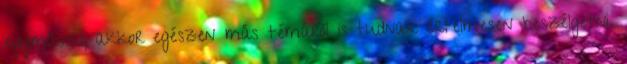
egymással, akkor egészen más témáról is tudnak értelmesen beszélgetni.